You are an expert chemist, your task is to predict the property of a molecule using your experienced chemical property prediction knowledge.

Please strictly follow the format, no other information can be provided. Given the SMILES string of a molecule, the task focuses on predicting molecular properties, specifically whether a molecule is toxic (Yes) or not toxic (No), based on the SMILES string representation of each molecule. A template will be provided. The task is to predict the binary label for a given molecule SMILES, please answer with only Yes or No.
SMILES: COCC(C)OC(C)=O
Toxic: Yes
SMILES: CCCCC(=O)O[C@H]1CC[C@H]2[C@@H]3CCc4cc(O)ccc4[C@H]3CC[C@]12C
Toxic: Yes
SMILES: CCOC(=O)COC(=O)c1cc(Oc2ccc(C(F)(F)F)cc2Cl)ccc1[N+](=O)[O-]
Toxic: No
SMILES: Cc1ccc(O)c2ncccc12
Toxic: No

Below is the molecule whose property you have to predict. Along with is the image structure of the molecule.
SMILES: Cc1cccc(C)c1NC1=NCCCS1
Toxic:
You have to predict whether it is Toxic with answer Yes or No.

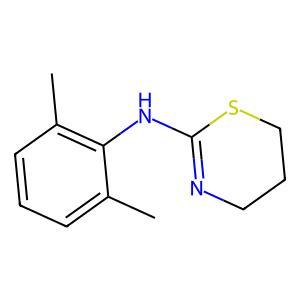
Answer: No